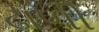
ઢાળી